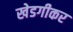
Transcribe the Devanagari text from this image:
खेडगीकर